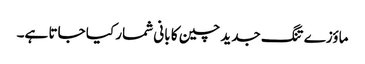
ماؤزے تنگ جدید چین کا بانی شمار کیا جاتا ہے۔